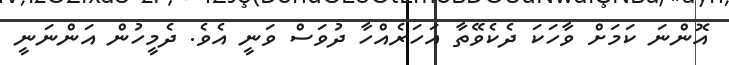
އޮންނަ ކަމަށް ވާހަކަ ދެކެވޭތާ އަހަރެއްހާ ދުވަސް ވަނީ އެވެ. ދެމީހުން އަންނަނީ